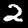
Label: 2